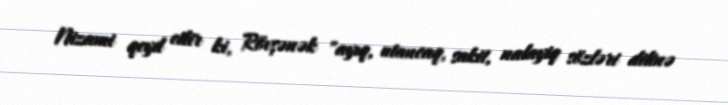
Nizami qeyd edir ki, Rövşənək "ayıq, utancaq, sakit, nalayiq sözləri dilinə